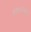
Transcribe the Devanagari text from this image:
ख़्वामख़्वाह